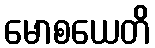
မောစယေတိ